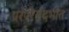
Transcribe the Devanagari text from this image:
परंपरेसंदर्भात